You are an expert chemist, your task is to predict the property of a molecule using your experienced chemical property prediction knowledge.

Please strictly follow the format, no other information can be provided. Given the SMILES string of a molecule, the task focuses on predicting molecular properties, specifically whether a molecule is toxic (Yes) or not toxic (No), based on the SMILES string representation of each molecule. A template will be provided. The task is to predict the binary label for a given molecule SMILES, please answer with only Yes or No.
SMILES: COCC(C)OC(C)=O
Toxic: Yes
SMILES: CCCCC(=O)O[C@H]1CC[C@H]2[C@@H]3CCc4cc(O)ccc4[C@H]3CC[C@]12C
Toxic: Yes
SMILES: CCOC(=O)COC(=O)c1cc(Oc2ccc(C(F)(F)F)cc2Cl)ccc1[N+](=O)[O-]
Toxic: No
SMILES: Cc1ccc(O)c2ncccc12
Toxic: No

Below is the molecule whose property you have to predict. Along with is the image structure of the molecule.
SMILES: CC(C#N)CCC#N
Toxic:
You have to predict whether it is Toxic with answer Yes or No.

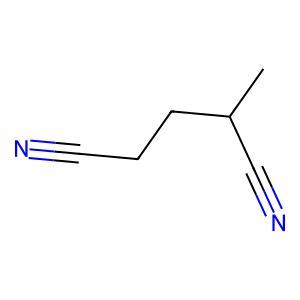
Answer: No